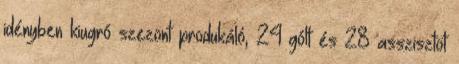
idényben kiugró szezont produkáló, 24 gólt és 28 asszisztot